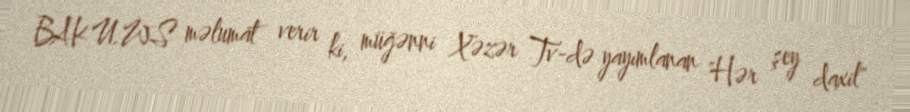
BAKU.WS məlumat verir ki, müğənni Xəzər Tv-də yayımlanan "Hər şey daxil"